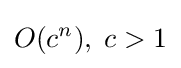
O(c^{n}),\;c>1